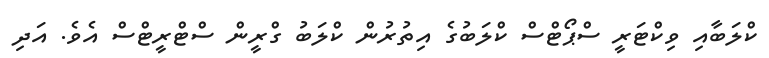
ކްލަބާއި ވިކްޓަރީ ސްޕޯޓްސް ކްލަބުގެ އިތުރުން ކްލަބު ގްރީން ސްޓްރީޓްސް އެވެ. އަދި